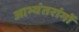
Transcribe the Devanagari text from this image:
आभ्यंतरांगों